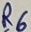
Text: R6